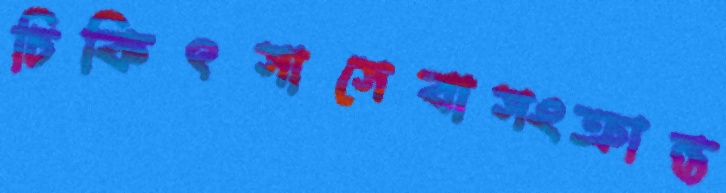
চিকিৎসাসেবাসংক্রান্ত